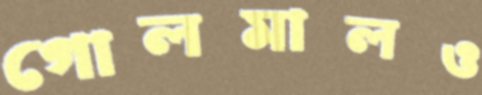
গোলমালও